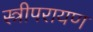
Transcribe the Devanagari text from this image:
स्त्रीपरायण